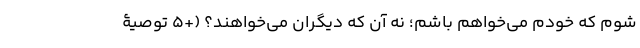
شَوم که خودم می‌خواهم باشم؛ نه آن که دیگران می‌خواهند؟ (+5 توصیۀ